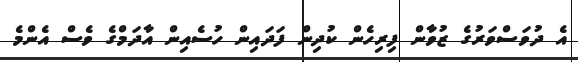
އެ ދުވަސްވަރުގެ ޒުވާން ފިރިހެން ކުދިން ފަދައިން ހުސެއިން އާދަމްގެ ވެސް އެންމެ